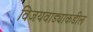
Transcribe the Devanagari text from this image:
विजयवाड्याकडील